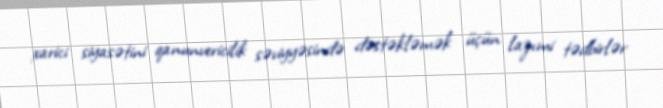
xarici siyasətini qanunvericilik səviyyəsində dəstəkləmək üçün lazımi tədbirlər